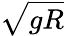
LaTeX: \sqrt{gR}